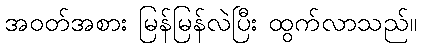
အဝတ်အစား မြန်မြန်လဲပြီး ထွက်လာသည်။